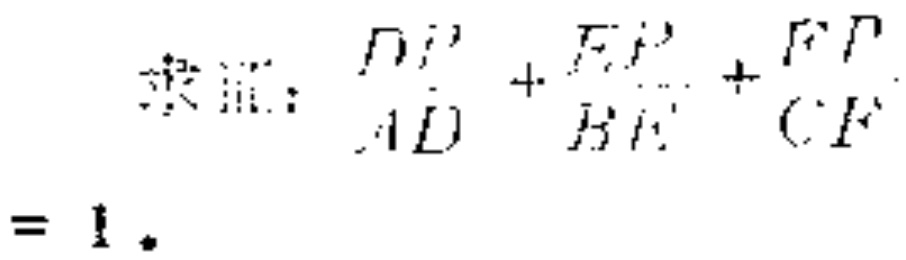
求证：\(\frac{DP}{AD}+\frac{EP}{BE}+\frac{FP}{CF}=1\)。